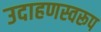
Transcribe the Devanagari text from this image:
उदाहणस्वरूप